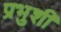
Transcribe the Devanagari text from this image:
प्रभुशी